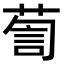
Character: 𮏹